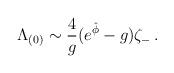
LaTeX: \begin{align*}{\Lambda_{(0)} \sim {4\over g} (e^{\hat \phi} - g) \zeta_{-}\, . }\end{align*}